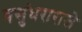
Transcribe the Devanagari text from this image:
वसुंधराराजे